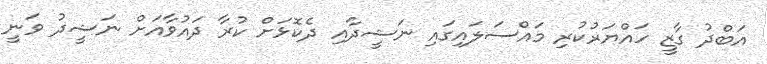
އަބްދު ގާޒީ ހައްޔަރުކުރި މައްސަލައިގައި ނަޝީދާއި ދެކޮޅަށް ކުރާ ދައުވާއަށް ނަޝީދު ވަނީ